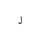
Letter: _ra